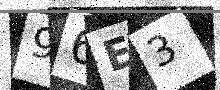
Text: 96E3